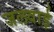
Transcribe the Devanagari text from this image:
जलवाई